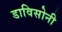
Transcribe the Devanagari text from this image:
डाविसोनी